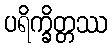
ပရိက္ခိတ္တဿ